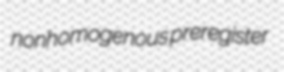
nonhomogenous preregister